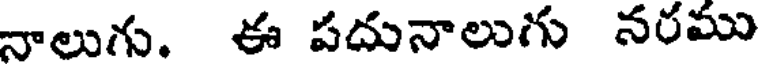
నాలుగు. ఈ పదునాలుగు నరము